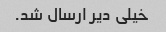
خیلی دیر ارسال شد.